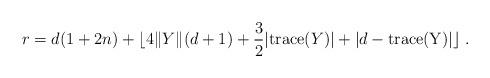
LaTeX: \begin{align*} r = d(1+2n) + \lfloor 4 \| Y \|(d+1) + \frac{3}{2} |{\rm trace}(Y)| + |d-{\rm trace(Y)}| \rfloor~. \end{align*}